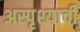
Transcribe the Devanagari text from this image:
अस्पृश्याची